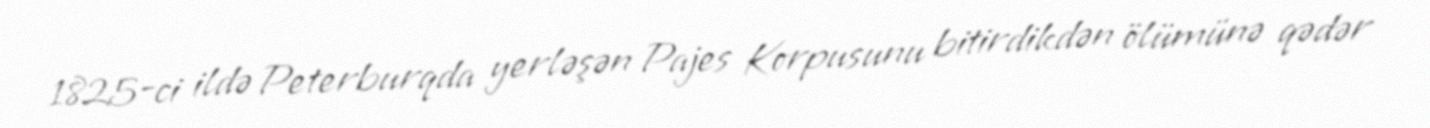
1825-ci ildə Peterburqda yerləşən Pajes Korpusunu bitirdikdən ölümünə qədər